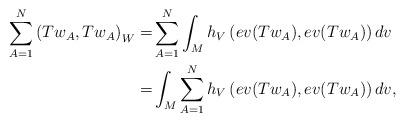
LaTeX: \begin{align*}\sum_{A=1}^N\left(Tw_A,Tw_A \right)_W=&\sum_{A=1}^N\int_M h_V\left(ev(Tw_A),ev(Tw_A) \right)dv \\=&\int_M \sum_{A=1}^N h_V\left(ev(Tw_A),ev(Tw_A) \right)dv, \end{align*}